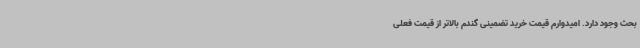
بحث وجود دارد. امیدوارم قیمت خرید تضمینی گندم بالاتر از قیمت فعلی